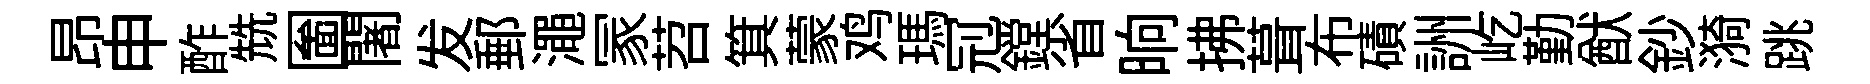
昂申酢兟圗闍发郵澠冡苕箕蒙鸡瑪𠜍鏜省晌拂葺布磧詶屹勤猷鈔漪跳